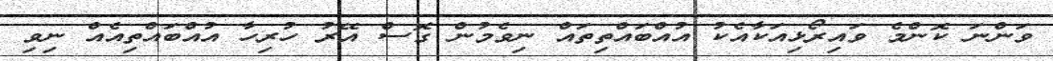
ވަންނަ ކޮންމެ ވައިރޯޅިއަކާއެކު އުއްބައްތިތައް ނިވެމުން ގޮސް އޭރު ހުރިހާ އުއްބައްތިއެއް ނިވި